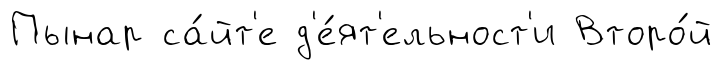
Пынар са́йт'е д'е́ят'ельност'и Второ́й